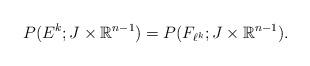
LaTeX: \begin{align*}P (E^{k} ; J \times \mathbb{R}^{n-1}) = P (F_{\ell^{k}} ; J \times \mathbb{R}^{n-1}).\end{align*}